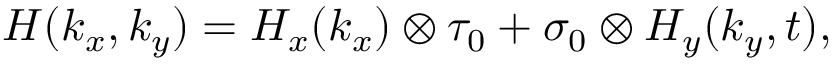
H ( k _ { x } , k _ { y } ) = H _ { x } ( k _ { x } ) \otimes \tau _ { 0 } + \sigma _ { 0 } \otimes H _ { y } ( k _ { y } , t ) ,